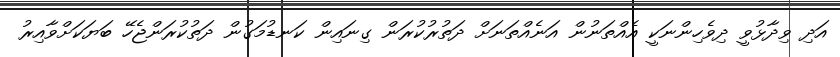
އަދި ވިދާޅުވީ ދިވެހިންނަކީ އެއްތަނުން އަނެއްތަނަށް ދަތުރުކުރަން ގިނައިން ކަނޑުމަގުން ދަތުކުރަންޖެހޭ ބަޔަކަށްވާއިރު